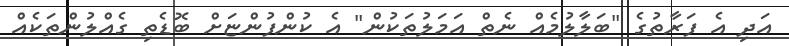
އަދި އެ ފަރާތުގެ "ބަލާލުމެއް ނެތް އަމަލުތަކުން" އެ ކުންފުންޏަށް ބޮޑެތި ގެއްލުންތަކެއް